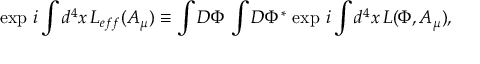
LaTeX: \exp \, i \int d ^ { 4 } x \, { \cal L } _ { e f f } ( A _ { \mu } ) \equiv \int { \cal D } \Phi \, \int { \cal D } \Phi ^ { * } \, \exp \, i \int d ^ { 4 } x \, { \cal L } ( \Phi , A _ { \mu } ) ,